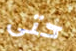
حتى